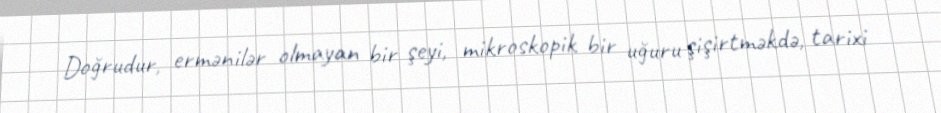
Doğrudur, ermənilər olmayan bir şeyi, mikroskopik bir uğuru şişirtməkdə, tarixi